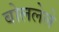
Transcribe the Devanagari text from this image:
बोललेले